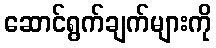
ဆောင်ရွက်ချက်များကို